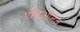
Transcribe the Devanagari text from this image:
एंब्रिओनल